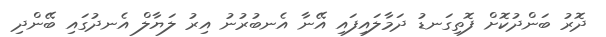
ދޮރު ބަންދުކޮށް ފޮތިގަނޑު ދަމާލައިފައި އޭނާ އެނބުރުނު އިރު ލަޔާލް އެނދުގައި ބޭންދި